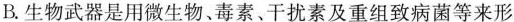
B.生物武器是用微生物、毒素、干扰素及重组致病菌等来形